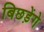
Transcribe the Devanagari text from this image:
बिछड़ेंगे